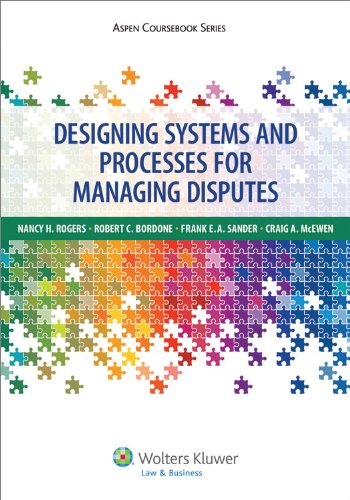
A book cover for Designing Systems and Processes for Managing Disputes (Aspen Coursebook Series); Nancy H. Rogers; Law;